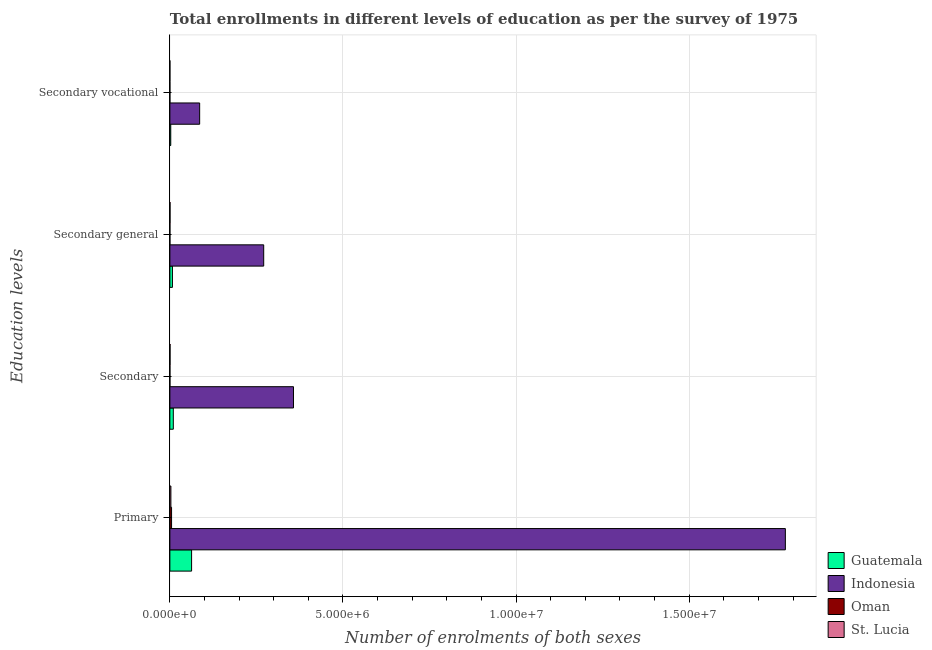
| Education levels | Guatemala | Indonesia | Oman | St. Lucia |
 | --- | --- | --- | --- | --- |
 | Primary | 6.27e+05 | 1.78e+07 | 4.86e+04 | 2.91e+04 |
 | Secondary | 9.92e+04 | 3.57e+06 | 723 | 4.58e+03 |
 | Secondary general | 7.39e+04 | 2.71e+06 | 653 | 4.18e+03 |
 | Secondary vocational | 2.53e+04 | 8.6e+05 | 70 | 398 |